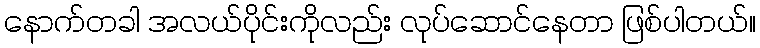
နောက်တခါ အလယ်ပိုင်းကိုလည်း လုပ်ဆောင်နေတာ ဖြစ်ပါတယ်။